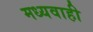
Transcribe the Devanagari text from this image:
मध्यवाही